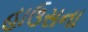
હાઉસના